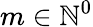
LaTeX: m\in\mathbb{N}^{0}